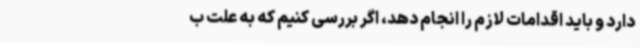
دارد و باید اقدامات لازم را انجام دهد، اگر بررسی کنیم که به علت ب